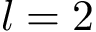
l = 2